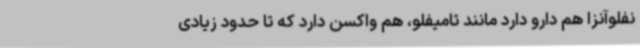
نفلوآنزا هم دارو دارد مانند تامیفلو، هم واکسن دارد که تا حدود زیادی